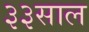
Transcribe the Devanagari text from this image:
३३साल